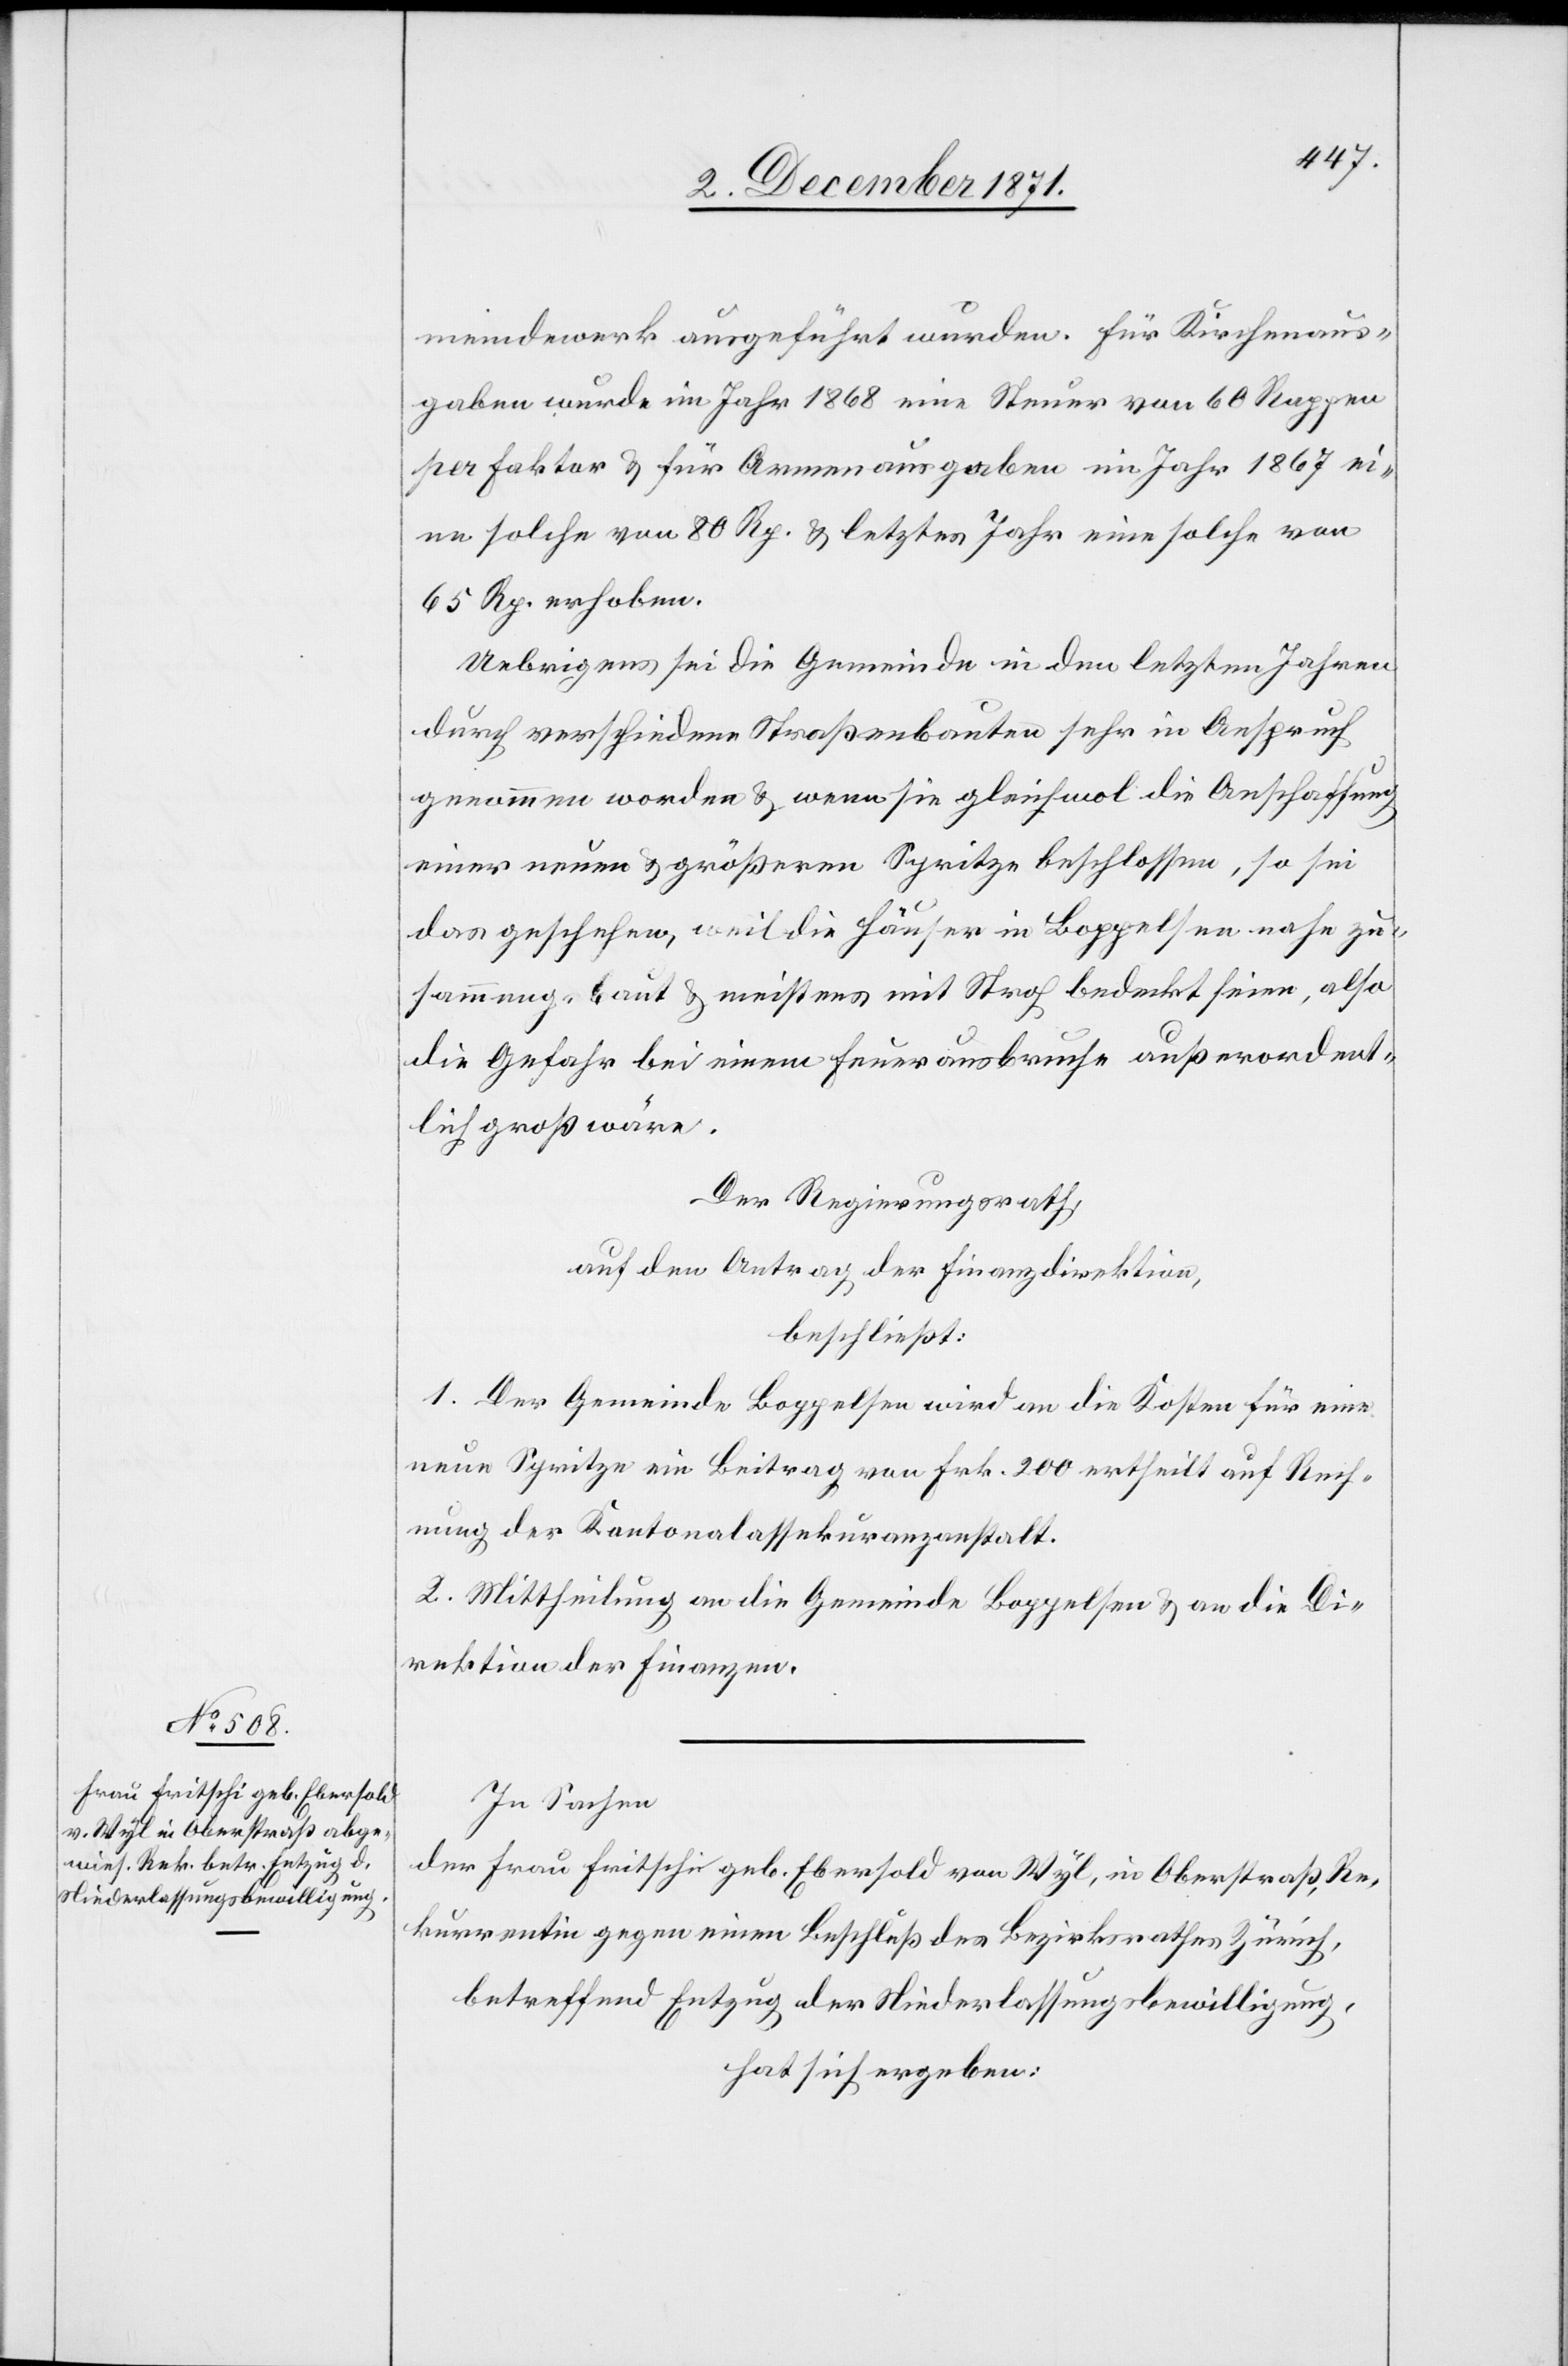
meindewerk ausgeführt wurden. Für Kirchenaus¬
gaben wurde im Jahr 1868 eine Steuer von 60 Rappen
per Faktor & für Armenausgaben im Jahr 1867 ei¬
ne solche von 80 Rp. & letztes Jahr eine solche von
65 Rp. erhoben.
Uebrigens sei die Gemeinde in den letzten Jahren
durch verschiedene Straßenbauten sehr in Anspruch
genommen worden & wenn sie gleichwol die Anschaffung
einer neuen & größeren Spritze beschlossen, so sei
das geschehen, weil die Häuser in Boppelsen nahe zu¬
sammengebaut & meistens mit Stroh bedeckt seien, also
die Gefahr bei einem Feuerausbruche außerordent¬
lich groß wäre.
Der Regierungsrath,
auf den Antrag der Finanzdirektion,
beschließt:
1. Der Gemeinde Boppelsen wird an die Kosten für eine
neue Spritze ein Beitrag von Frk. 200 ertheilt auf Rech¬
nung der Kantonalassekuranzanstalt.
2. Mittheilung an die Gemeinde Boppelsen & an die Di¬
rektion der Finanzen.
In Sachen
der Frau Fritschi geb. Ebersold von Wyl, in Oberstraß, Re¬
kurrentin gegen einen Beschluß des Bezirksrathes Zürich,
betreffend Entzug der Niederlassungsbewilligung,
hat sich ergeben: